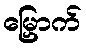
မြှောက်